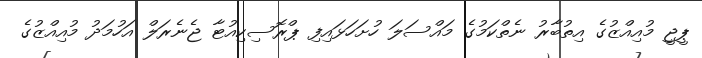
ޕީޖީ މުއިއްޒުގެ އިތުބާރު ނެތްކަމުގެ މައްސަލަ ހުށަހަޅައިފި ޕްރޮސިކިއުޓާ ޖެނެރަލް އަހުމަދު މުއިއްޒުގެ